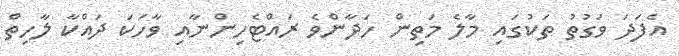
އެފަދަ ވަގުތު ތަކުގައި މާލެ މަތިން ހަދާންވެ ރައްޓެހިންނާއި ވާހަކަ ދައްކާ ލާހިތް